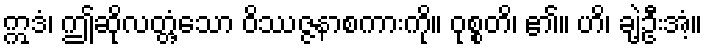
ဣဒံ၊ ဤဆိုလတ္တံ့သော ဝိဿဇ္ဇနာစကားကို။ ဝုစ္စတိ၊ ၏။ ဟိ၊ ချဲ့ဦးအံ့။